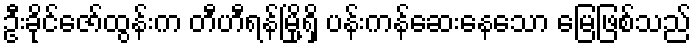
ဦးခိုင်ဇော်ထွန်းက တီဟီရန်မြို့ရှိ ပန်းကန်ဆေးနေသော မြေဖြစ်သည်